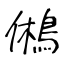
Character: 鵂